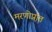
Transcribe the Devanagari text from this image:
मरणोप्रांत